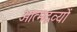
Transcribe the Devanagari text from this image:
आत्मद्रव्यों